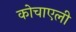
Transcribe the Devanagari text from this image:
कोचाएली